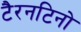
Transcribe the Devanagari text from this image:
टैरनटिनो